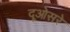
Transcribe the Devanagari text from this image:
दूओसरे